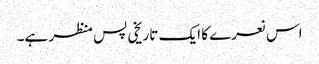
اس نعرے کا ایک تاریخی پس منظر ہے۔